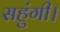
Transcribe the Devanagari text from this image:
सहुंगी।